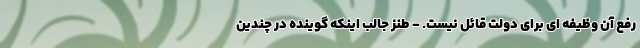
رفع آن وظیفه ای برای دولت قائل نیست. - طنز جالب اینکه گوینده در چندین